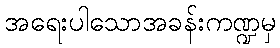
အရေးပါသောအခန်းကဏ္ဍမှ